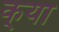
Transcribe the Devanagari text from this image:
क्‌या